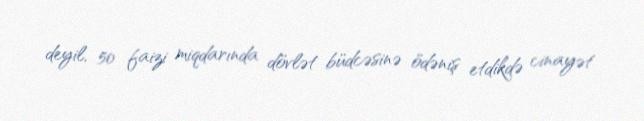
deyil, 50 faizi miqdarında dövlət büdcəsinə ödəniş etdikdə cinayət